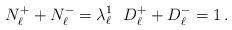
LaTeX: \begin{align*} N_\ell^++N_\ell^-=\lambda_\ell^1~~D_\ell^++D_\ell^-=1\,. \end{align*}